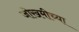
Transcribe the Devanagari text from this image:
जोखमीच्या